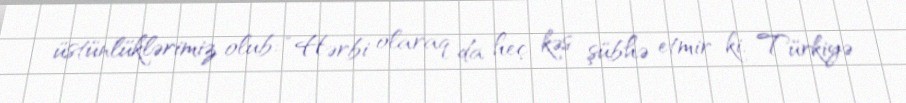
üstünlüklərimiz olub: “Hərbi olaraq da heç kəs şübhə etmir ki, Türkiyə